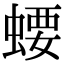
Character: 𧍔